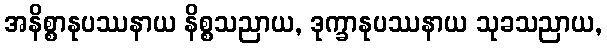
အနိစ္စာနုပဿနာယ နိစ္စသညာယ, ဒုက္ခာနုပဿနာယ သုခသညာယ,